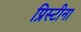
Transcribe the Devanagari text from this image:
प्रिस्टीना